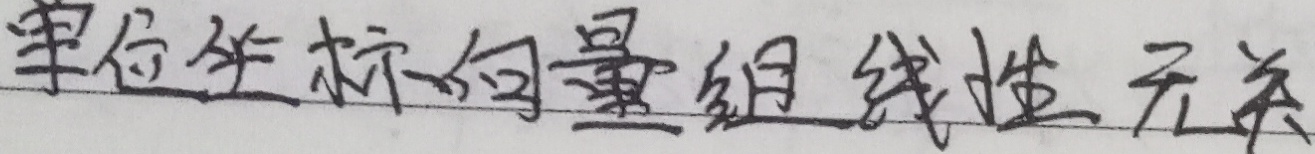
单位坐标向量组线性无关